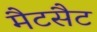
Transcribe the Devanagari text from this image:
मैटसैट